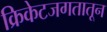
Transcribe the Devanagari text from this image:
क्रिकेटजगतातून